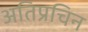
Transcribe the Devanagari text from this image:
अतिप्रचिन